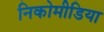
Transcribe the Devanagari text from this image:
निकोमीडिया